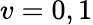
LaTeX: v=0,1